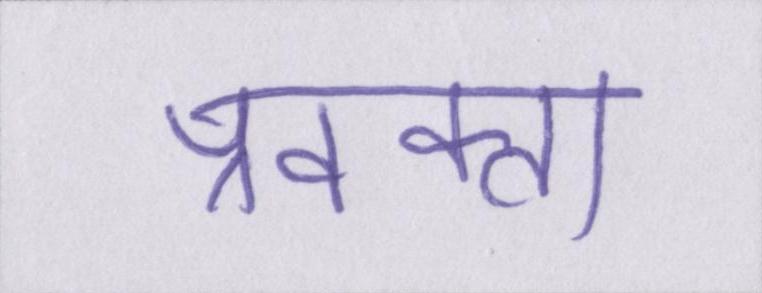
प्रवक्ता